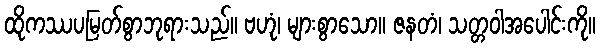
ထိုကဿပမြတ်စွာဘုရားသည်။ ဗဟုံ၊ များစွာသော။ ဇနတံ၊ သတ္တဝါအပေါင်းကို။